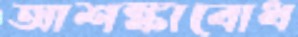
আশঙ্কাবোধ